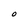
Character: O